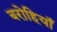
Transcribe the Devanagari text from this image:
बरोहियाँ